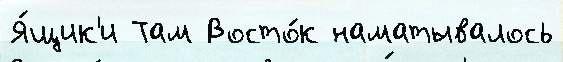
Я́щик'и Там Восто́к наматывалось